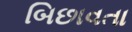
બિછાવતા